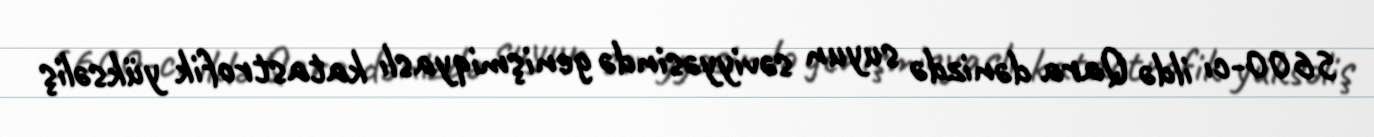
5600-cı ildə Qara dənizdə suyun səviyyəsində genişmiqyaslı katastrofik yüksəliş